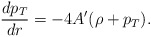
\begin{align*}{dp_T \over dr} = -4A'(\rho + p_T).\end{align*}